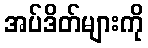
အပ်ဒိတ်များကို